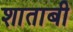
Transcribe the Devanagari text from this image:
शाताबी